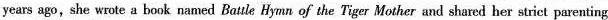
years ago,she wrote a book named Baule Hymn of the Tiger Mother and shared her strict parenting